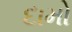
દામો